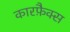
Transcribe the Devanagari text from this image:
कारफ़ैक्स